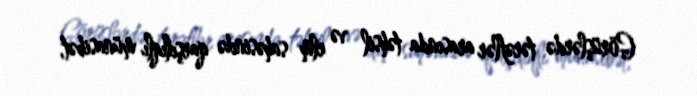
Görüşlərdə tərəflər arasında təhsil və elm sahəsində qarşılıqlı münasibət,